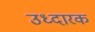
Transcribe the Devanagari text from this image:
उध्दारक